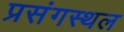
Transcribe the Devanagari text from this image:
प्रसंगस्थल